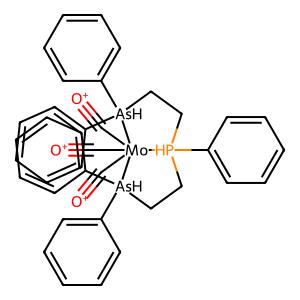
SMILES: [O+]#C[Mo]12(C#[O+])(C#[O+])[PH](c3ccccc3)(CC[AsH]1(c1ccccc1)c1ccccc1)CC[AsH]2(c1ccccc1)c1ccccc1
Inhibits HIV replication: No